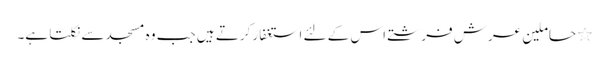
٭ حاملینِ عرش فرشتے اس کے لئے استغفار کرتے ہیں جب وہ مسجد سے نکلتا ہے۔